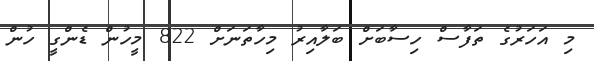
މި އަހަރުގެ ތަފާސް ހިސާބަށް ބަލާއިރު މިހާތަނަށް 822 މީހުން ޑެންގީ ހުން